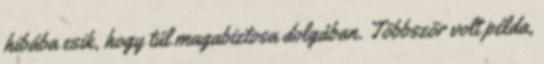
hibába esik, hogy túl magabiztosa dolgában. Többször volt példa,